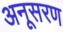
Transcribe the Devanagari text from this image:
अनूसरण